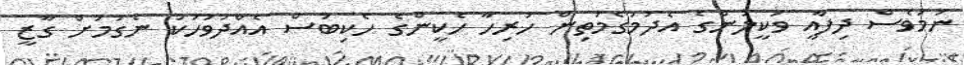
ނަމަވެސް ދިފާއީ ވަކީލުންގެ އެދުމުގެމަތިން ހުރިހާ ހެކީންގެ ހެކިބަސް އެއްދުވަހަކު ނެގުމަށް ގާޒީ